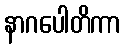
နာဂပေါတိကာ